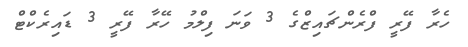
ހެރާ ފޭރީ ފްރެންޗައިޒްގެ 3 ވަނަ ފިލްމު ހޭރާ ފޭރީ 3 ޑައިރެކްޓް